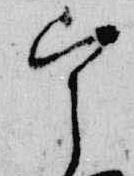
宰